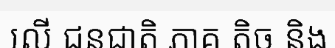
លើ ជនជាតិ ភាគ តិច និង